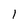
Character: 1